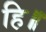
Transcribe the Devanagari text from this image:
हि॥